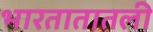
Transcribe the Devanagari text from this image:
भारतातातली